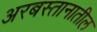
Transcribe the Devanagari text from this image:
अरबस्तानातील